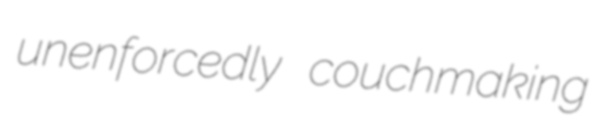
unenforcedly couchmaking